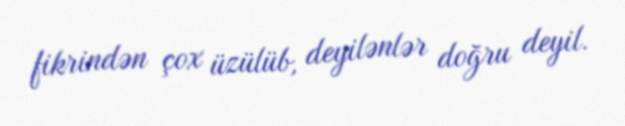
fikrindən çox üzülüb, deyilənlər doğru deyil.